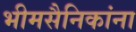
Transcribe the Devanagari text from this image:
भीमसैनिकांना